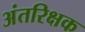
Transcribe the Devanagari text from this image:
अंतरिक्षक